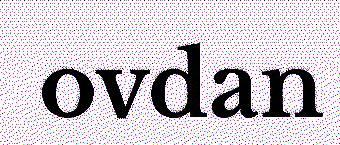
ovdan